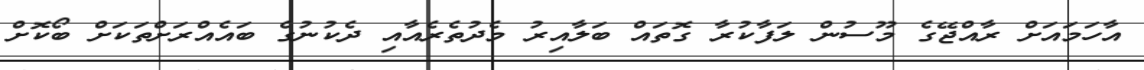
އާހަމައަށް ރާއްޖޭގެ މޫސުން ލަފާކުރާ ގޮތައް ބަލާއިރު މެދުތެރެއާއި ދެކުނުގެ ބައެއްރަށްތަކަށް ބޯކޮށް